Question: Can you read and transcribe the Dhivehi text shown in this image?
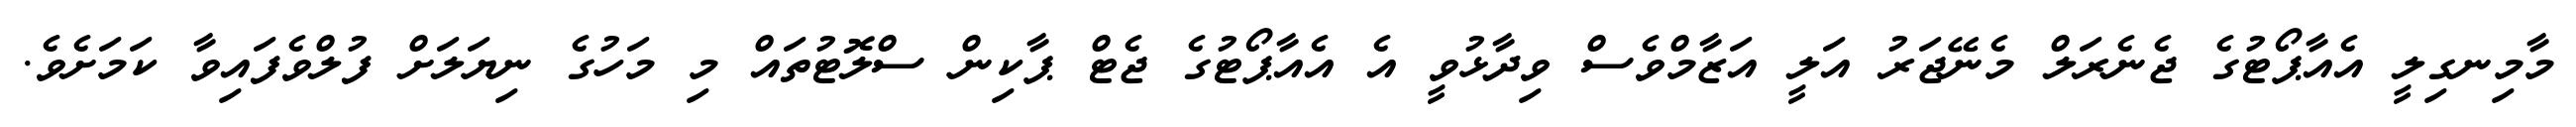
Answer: މާމިނގިލީ އެއާޕޯޓުގެ ޖެނެރަލް މެނޭޖަރު އަލީ އަޒާމްވެސް ވިދާޅުވީ އެ އެއާޕޯޓުގެ ޖެޓް ޕާކިން ސްލޮޓުތައް މި މަހުގެ ނިޔަލަށް ފުލްވެފައިވާ ކަމަށެވެ.